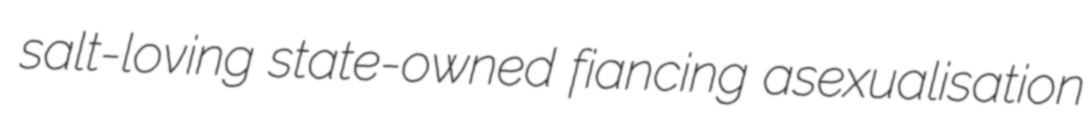
salt-loving state-owned fiancing asexualisation